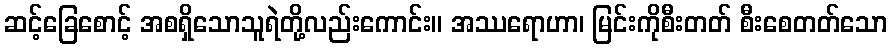
ဆင့်ခြေစောင့် အစရှိသောသူရဲတို့လည်းကောင်း။ အဿရောဟာ၊ မြင်းကိုစီးတတ် စီးစေတတ်သော